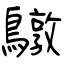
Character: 鷻